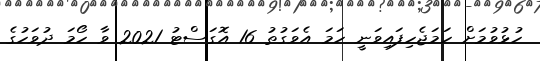
ހުޅުވުމަށް ހަމަޖެހިފައިވަނީ ހަމަ އެވަގުތު 16 އޮގަސްޓު 2021 ވާ ހޯމަ ދުވަހުގެ